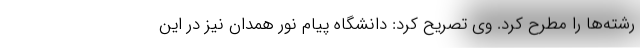
رشته‌ها را مطرح کرد. وی تصریح کرد: دانشگاه پیام نور همدان نیز در این